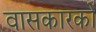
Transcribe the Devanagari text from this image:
वासकारकों